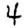
Digit: 4